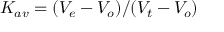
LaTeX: K _ { a v } = ( V _ { e } - V _ { o } ) / ( V _ { t } - V _ { o } )